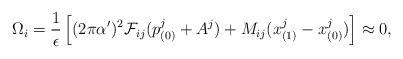
\begin{align*} \Omega_i = \frac{1}{\epsilon}\left[ (2\pi\alpha')^2 {\cal F}_{ij} (p_{(0)}^j + A^j) + M_{ij} (x_{(1)}^j - x_{(0)}^j )\right] \approx 0,\end{align*}